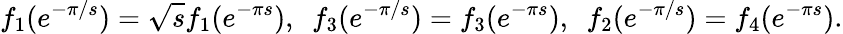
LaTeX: f_{1}(e^{-\pi/s})=\sqrt{s}f_{1}(e^{-\pi s}),~~f_{3}(e^{-\pi/s})=f_{3}(e^{-\pi s}),~~f_{2}(e^{-\pi/s})=f_{4}(e^{-\pi s}).